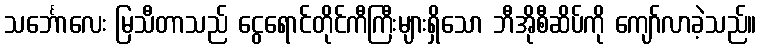
သင်္ဘောလေး မြသီတာသည် ငွေရောင်တိုင်ကီကြီးများရှိသော ဘီအိုစီဆိပ်ကို ကျော်လာခဲ့သည်။